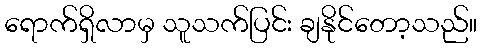
ရောက်ရှိလာမှ သူသက်ပြင်း ချနိုင်တော့သည်။